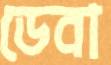
ডেবা